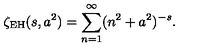
\zeta _ { \mathrm { E H } } ( s , a ^ { 2 } ) = \sum _ { n = 1 } ^ { \infty } ( n ^ { 2 } + a ^ { 2 } ) ^ { - s } { . }